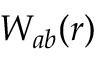
W _ { a b } ( r )